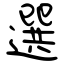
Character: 選